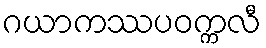
ဂယာကဿပဝက္ကလီ